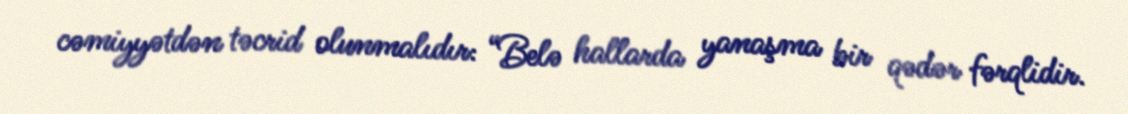
cəmiyyətdən təcrid olunmalıdır: “Belə hallarda yanaşma bir qədər fərqlidir.